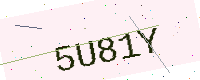
Text: 5U81Y